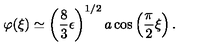
\varphi ( \xi ) \simeq \left( \frac { 8 } { 3 } \epsilon \right) ^ { 1 / 2 } a \cos \left( \frac { \pi } { 2 } \xi \right) .